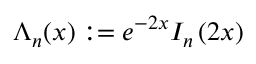
\Lambda _ { n } ( x ) : = e ^ { - 2 x } I _ { n } \left( 2 x \right)